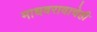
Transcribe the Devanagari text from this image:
माधवरावाचेही